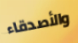
والأصدقاء